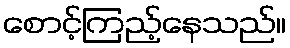
စောင့်ကြည့်နေသည်။